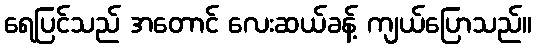
ရေပြင်သည် အတောင် လေးဆယ်ခန့် ကျယ်ပြောသည်။